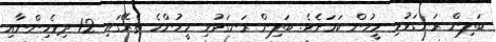
ބަލިން ރަނގަޅުވި މީހުން ކަމަށެވެ. ބަލިން ރަނގަޅުވި މީހުންހެ ތެރޭގައި 12 ދިވެހިންނާއި